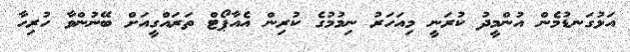
އަޅުގަނޑުމެން އުންމީދު ކުރަނީ މިއަހަރު ނިމުމުގެ ކުރިން އެއާޕޯޓް ތަރައްގީއަށް ބޭނުންވާ ހުރިހާ